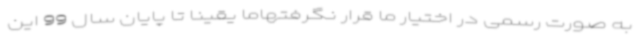
به صورت رسمی در اختیار ما قرار نگرفتهاما یقینا تا پایان سال 99 این